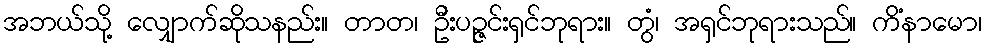
အဘယ်သို့ လျှောက်ဆိုသနည်း။ တာတ၊ ဦးပဉ္ဇင်းရှင်ဘုရား။ တွံ၊ အရှင်ဘုရားသည်။ ကိံနာမော၊